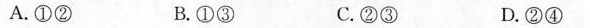
A.①② B.①③ C.②③ D.②④